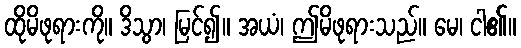
ထိုမိဖုရားကို။ ဒိသွာ၊ မြင်၍။ အယံ၊ ဤမိဖုရားသည်။ မေ၊ ငါ၏။